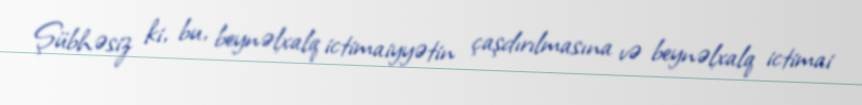
Şübhəsiz ki, bu, beynəlxalq ictimaiyyətin çaşdırılmasına və beynəlxalq ictimai